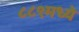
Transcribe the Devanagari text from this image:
८८९मध्ये